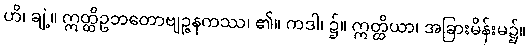
ဟိ၊ ချဲ့။ ဣတ္ထိဥဘတောဗျဉ္ဇနကဿ၊ ၏။ ကဒါ၊ ၌။ ဣတ္ထိယာ၊ အခြားမိန်းမ၌။